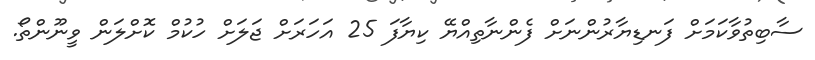
ސާބިތުވާކަމަށް ފަނޑިޔާރުންނަށް ފެންނާތިއްޔޭ ކިޔާފަ 25 އަހަރަށް ޖަލަށް ހުކުމް ކޮށްލަން ވީނޫންތޯ.